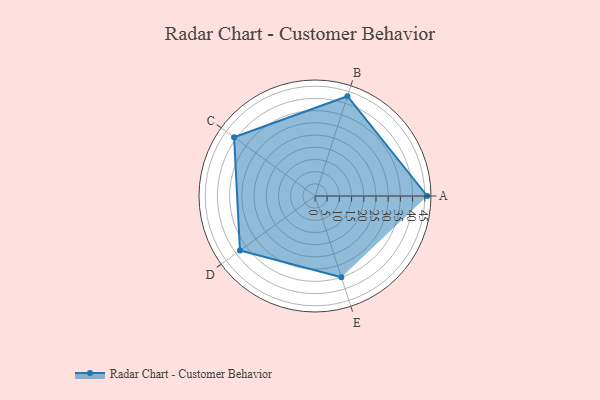
{"axis": {"x": "Skill", "y": "Score"}, "legend": ["Profile"], "data": [{"x": "A", "y": 46.0, "type": "Profile"}, {"x": "B", "y": 43.0, "type": "Profile"}, {"x": "C", "y": 41.0, "type": "Profile"}, {"x": "D", "y": 38.0, "type": "Profile"}, {"x": "E", "y": 35.0, "type": "Profile"}]}